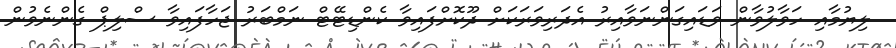
ލިޔުމާއި ހަވާލުވާން ވަޑައިގަންނަވާއިރު އެދަރިވަރަކަށް ދޫކޮށްފައިވާ ކެންޑިޓޭޓް ނަމްބަރު ޖަހާފައިވާ ސްލިޕް ގެންނެވުން